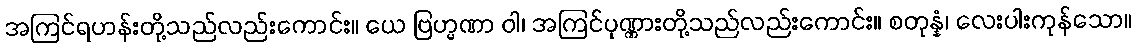
အကြင်ရဟန်းတို့သည်လည်းကောင်း။ ယေ ဗြဟ္မဏာ ဝါ၊ အကြင်ပုဏ္ဏားတို့သည်လည်းကောင်း။ စတုန္နံ၊ လေးပါးကုန်သော။